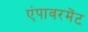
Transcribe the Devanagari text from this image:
एंपावरमेंट